Vital statistics of India. Vol. IV, Annual returns from 1871 to 1876. British Army of India, Native Army and jails of Bengal
Year: 1871
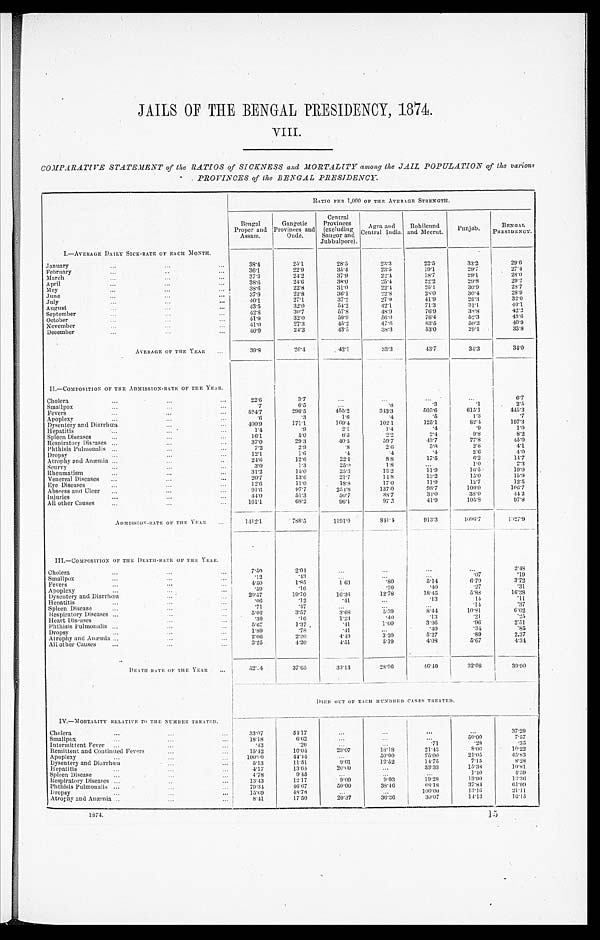
JAILS OF THE BENGAL PRESIDENCY, 1874.
VIII.
COMPARATIVE STATEMENT of the RATIOS of SICKNESS and MORTALITY among the JAIL POPULATION of the various
PROVINCES of the BENGAL PRESIDENCY.
RAT I O P E R 1 , 0 0 0 OF T HE AVE RAGE S T RE NGT H.
Bengal
Proper and
Assam.
Gangetic
Provinces and
Oude.
Central
Provinces (excluding
Saugor and
Jubbulpore).
Agra and
Central India. Rohilcund
and Meerut. Punjab .
BENGAL
PRESIDENCY.
I.—AVERAGE DAILY SICK-RATE OF EACH MONTH.
January
3 8 . 4
2 5 . 1
2 8 . 5
23.3
2 2 . 5
3 3 . 2
2 9 . 6
February
3 6 . 1
2 2 . 9
3 5 . 4
23.5
1 9 . 1
2 9 . 7
2 7 . 4
March
3 7 . 3
2 4 . 2
3 7 . 9
22.4
1 8 . 7
2 9 . 1
2 8 . 0
April
3 8 . 6
2 4 . 6
3 8 . 0
25.4
2 2 . 2
2 9 . 8
2 9 . 2
May
3 8 . 6
2 2 . 8
3 1 . 0
22.1
25.1
3 0 . 9
2 8 . 7
June
3 7 . 9
2 2 . 8
3 6 . 1
2 2 . 8 2 8 . 0
3 0 . 4
2 8 . 9
July
40. 1
2 7 . 1
3 7 . 2
27.9
4 1 . 9
2 6 . 3
3 2 . 0
August
43.5
3 2 . 0
5 4 . 2
42.1
7 1 . 3
31. 1
4 0 . 1
September
4 2 . 8
3 0 . 7
5 7 . 8
48.9
7 6 . 9
3 8 . 8
4 2 . 2
October
4 1 . 9
3 2 . 0
5 9 . 9
56.0
7 6 . 4
5 2 . 3
4 5 . 6
November
4 1 . 0
2 7 . 3
4 5 . 2
47.6
6 3 . 5
5 0 . 2
4 0 . 9
December
4 0 . 9
24.3
43. 5
38.3
5 3 . 0
2 9 . 1
3 3 . 8
AVERAGE OF THE YEAR
3 9 . 8
2 6 . 4
4 2 . 1
33.3
43. 7
3 4 . 3
3 4 . 0
II.—COMPOSITION OF THE. ADMISSION-RATE OF THE YEAR.
Cholera
2 2 . 6
3 . 7
6 . 7
Smallpox
.7
6.5
.8
.3
.1
2 . 5
Fevers
524. 7
296. 5
455. 2
343.3
505. 6
615. 1
4 4 5 . 3
Apoplexy
.6
.3
1 . 6
.4
.5
1 . 3
.7
Dysentery and Diarrhœa
400. 9
171. 1
169. 4
102.1
125. 1
8 2 . 4
1 9 7 . 3
Hepatitis
1 . 4
.9
2. 1
1. 4
.4
.9
1 . 0
Spleen Diseases
1 6 . 1
5 . 0
6.5 2.2
2 . 4
9 . 8
8 . 2
Respiratory Diseases
3 7 . 0
2 9 . 3
40. 5
59.7
4 3 . 7
7 7 . 8
4 5 . 0
Phthisis Pulmonalis
7 . 2
2 . 9
.8
2. 6
5 . 8
2 . 5
4 . 1
Dropsy
1 2 . 1
1 . 6
. 4
.4
.4
2 . 6
4 . 0
Atrophy and Anæmia
2 4 . 6
1 2 . 6
2 2 . 1
8. 8
1 7 . 5
6.2
1 4 . 7
Scurvy
3 . 0
1. 3
2 5 . 0
1. 8
1 . 0
2 . 3
Rheumatism
31.2
1 5 . 0
2 5 . 3
13.2
1 1 . 9
16.5
1 9 . 0
Venereal Diseases
2 0 . 7
1 3 . 6
21.7
14.8
1 3 . 2
1 5 . 0
1 5 . 9
Eye Diseases
1 2 . 6
11.0
1 8 . 8
17.0
1 1 . 9
1 2 . 7
1 2 . 5
Abscess and Ulcer
9 1 . 6
9 7 . 7
254. 8
137.0
9 8 . 7
1 0 9 . 0
1 0 6 . 7
Injuries
4 4 . 0
5 1 . 3
5 0 . 7
38.7
3 4 . 0
3 8 . 0
4 4 . 2
All other Causes
161. 1
6 8 . 2
9 6 . 1
97.2
4 1 . 9
105. 8
9 7 . 8
ADMISSION-RATE OF THE YEAR
1412. 1
788. 5
1191. 0
841.4
913. 3
1096. 7
1 0 2 7 . 9
III.—COMPOSITION OF THE DEATH-RATE OF THE YEAR.
Cholera
7 . 5 0
2 . 0 4
2 . 4 8
Smallpox
.12
.43
. 0 7
. 1 9
Fevers
4 . 5 0
1 . 8 5
1 . 6 3
.80
5 . 1 4
6 . 7 0
3 . 7 2
Apoplexy
. 5 9
. 1 6
.20
.40
.27
.31
Dysentery and Diarrhœa
20. 57
19. 70
16. 36
12.78
18. 45
5 . 8 8
1 6 . 3 8
Hepatitis
. 0 6
.12
. 4 1
.13
. 1 4
.11
Spleen Disease
.71
.47
.14
.37
Respiratory Diseases
5 . 0 2
3 . 5 7
3 . 6 8
5.39
8 . 4 4
10. 81
6 . 0 2
Heart Diseases
.30
. 1 6
1 . 2 3
.40
.13
.21
.25
Phthisis Pulmonalis
5. 67
1.37
.41
1.00
3 . 9 6
. 9 6
2 . 5 1
Dropsy
1 . 8 9
.78
.41
.40
.34
.85
Atrophy and Anæmia
2 . 0 6
2 . 2 0
4 . 4 9
3.20
5.27
. 8 9
2.37
All other Causes
3. 25
4.20
4 . 5 1
5.19
4 . 0 8
5 . 6 7
4 . 3 4
D E A T H - R A T E O F T H E Y E A R
52.4
37. 65
33. 13
28.96
46. 40
32.08
3 9 . 9 0
DI ED OUT OF EACH HUNDRED CASES TREATED.
IV.-MORTALITY RELATIVE TO THE NUMBER TREATED.
Cholera
33. 07
5 4 . 1 7
3 7 . 2 9
Smallpox
18. 18
6 . 6 2
50. 00
7 . 5 7
Intermittent Fever
.43
. 2 6
.71
.28
.35
Remittent and Continued Fevers
15. 42
10. 04
23. 07
18.18
21. 43
8 . 0 0
1 0 . 2 2
Apoplexy
100. 00
44. 44
50.00
75. 00
21. 05
4 3 . 8 3
D y s e n t e r y a n d D i a r r h œ a
5 . 1 3
11.51
9 . 6 1
12.52
14. 75
7 . 1 5
8 . 2 8
Hepatitis
4 . 1 7
13. 64
20. 00
33. 33
15. 38
1 0 . 8 1
Spleen Disease
4.78
9 . 4 5
1.40
4 . 5 9
Respiratory Diseases
13. 43
12. 17
9 . 0 9
9.03
19. 28
13. 90
1 3 . 3 6
Phthisis Pulmonalis
79. 34
46. 67
50. 00
38.46
68. 18
37. 84
61.99
Dropsy
1 5 . 6 9
48. 78
100. 00
13. 16
21. 11
Atrophy and Anæmia
8 . 4 1
17. 50
2 0 . 3 7
36. 36
30. 07
14. 13
16.15
1874.
15